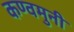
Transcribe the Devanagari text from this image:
कण्वमुनी